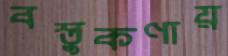
বস্তুকণায়